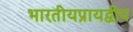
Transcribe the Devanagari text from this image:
भारतीयप्रायद्वीप